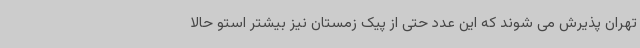
تهران پذیرش می شوند که این عدد حتی از پیک زمستان نیز بیشتر استو حالا